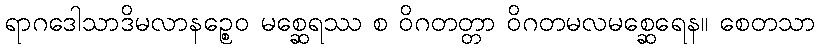
ရာဂဒေါသာဒိမလာနဉ္စေဝ မစ္ဆေရဿ စ ဝိဂတတ္တာ ဝိဂတမလမစ္ဆေရေန။ စေတသာ